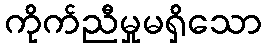
ကိုက်ညီမှုမရှိသော